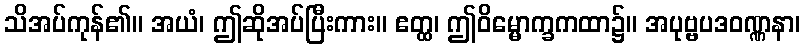
သိအပ်ကုန်၏။ အယံ၊ ဤဆိုအပ်ပြီးကား။ ဧတ္ထ၊ ဤဝိမ္မောက္ခကထာ၌။ အပုဗ္ဗပဒဝဏ္ဏနာ၊